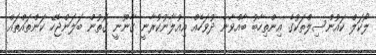
ލޯކަލް ކައުންސިލްތަކުގެ އިންތިހާބު ބާއްވާނެ ދުވަހެއް އިއުލާނުކުރާނީ ގާނޫނީ ގޮތުން ބަލަންޖެހޭ ކަންތައްތައް